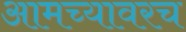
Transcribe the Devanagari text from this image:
आमच्यावरच